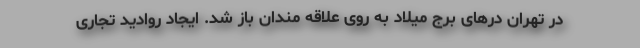
در تهران درهای برج میلاد به روی علاقه مندان باز شد. ایجاد روادید تجاری